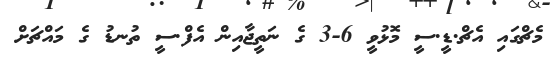
މެޗްގައި އެޗް.ޑީ.ސީ މޮޅުވީ 6-3 ގެ ނަތީޖާއިން އެފް.ސީ ތުނޑު ގެ މައްޗަށް